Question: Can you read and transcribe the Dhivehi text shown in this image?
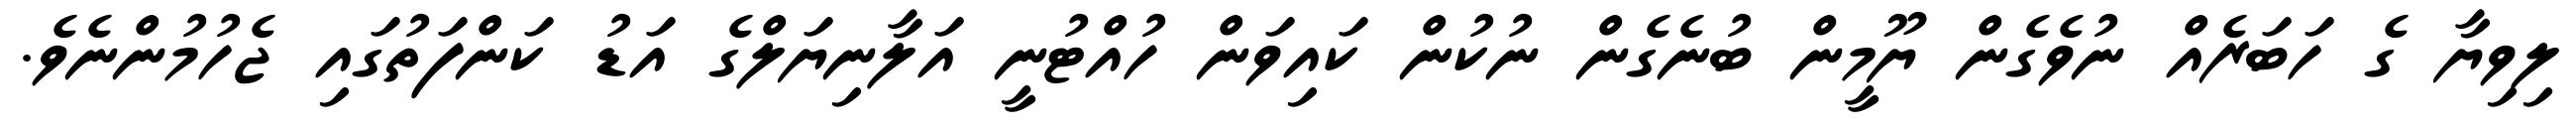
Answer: ލިވިޔާ ގެ ހަބަރެއް ނުވެގެން ޔޫމީން ބުނެގެން ނުކުން ކައިވަން ހުއްޓުނީ އަލާނިޔަލްގެ އަޑު ކަންފަތުގައި ޖެހުމުންނެވެ.